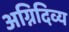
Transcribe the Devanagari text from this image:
अग्निदिव्य